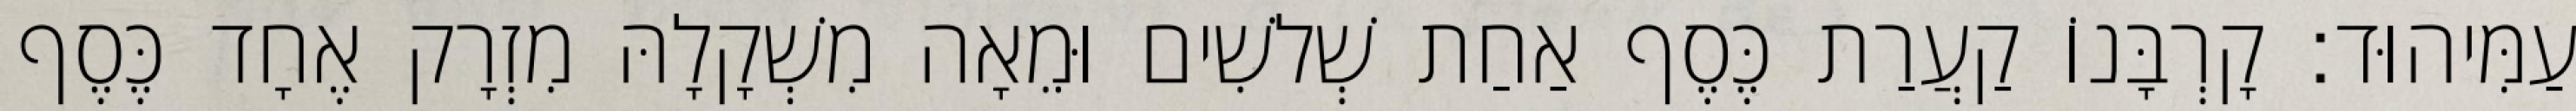
עַמִּיהוּד׃ קָרְבָּנוֹ קַעֲרַת כֶּסֶף אַחַת שְׁלשִׁים וּמֵאָה מִשְׁקָלָהּ מִזְרָק אֶחָד כֶּסֶף